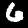
Label: 6